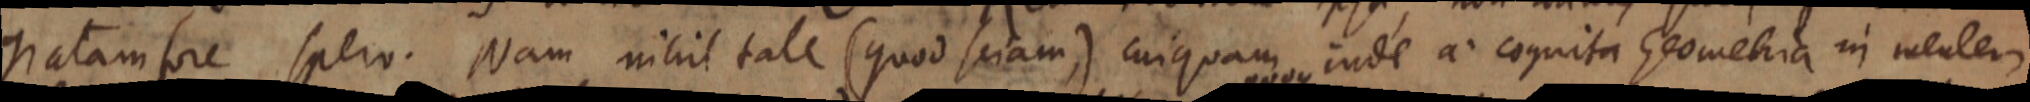
gratam fore spero. Nam nihil tale (quod siam,) cuiquam inde a cognita Geometria in meuler